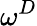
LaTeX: \omega^{D}